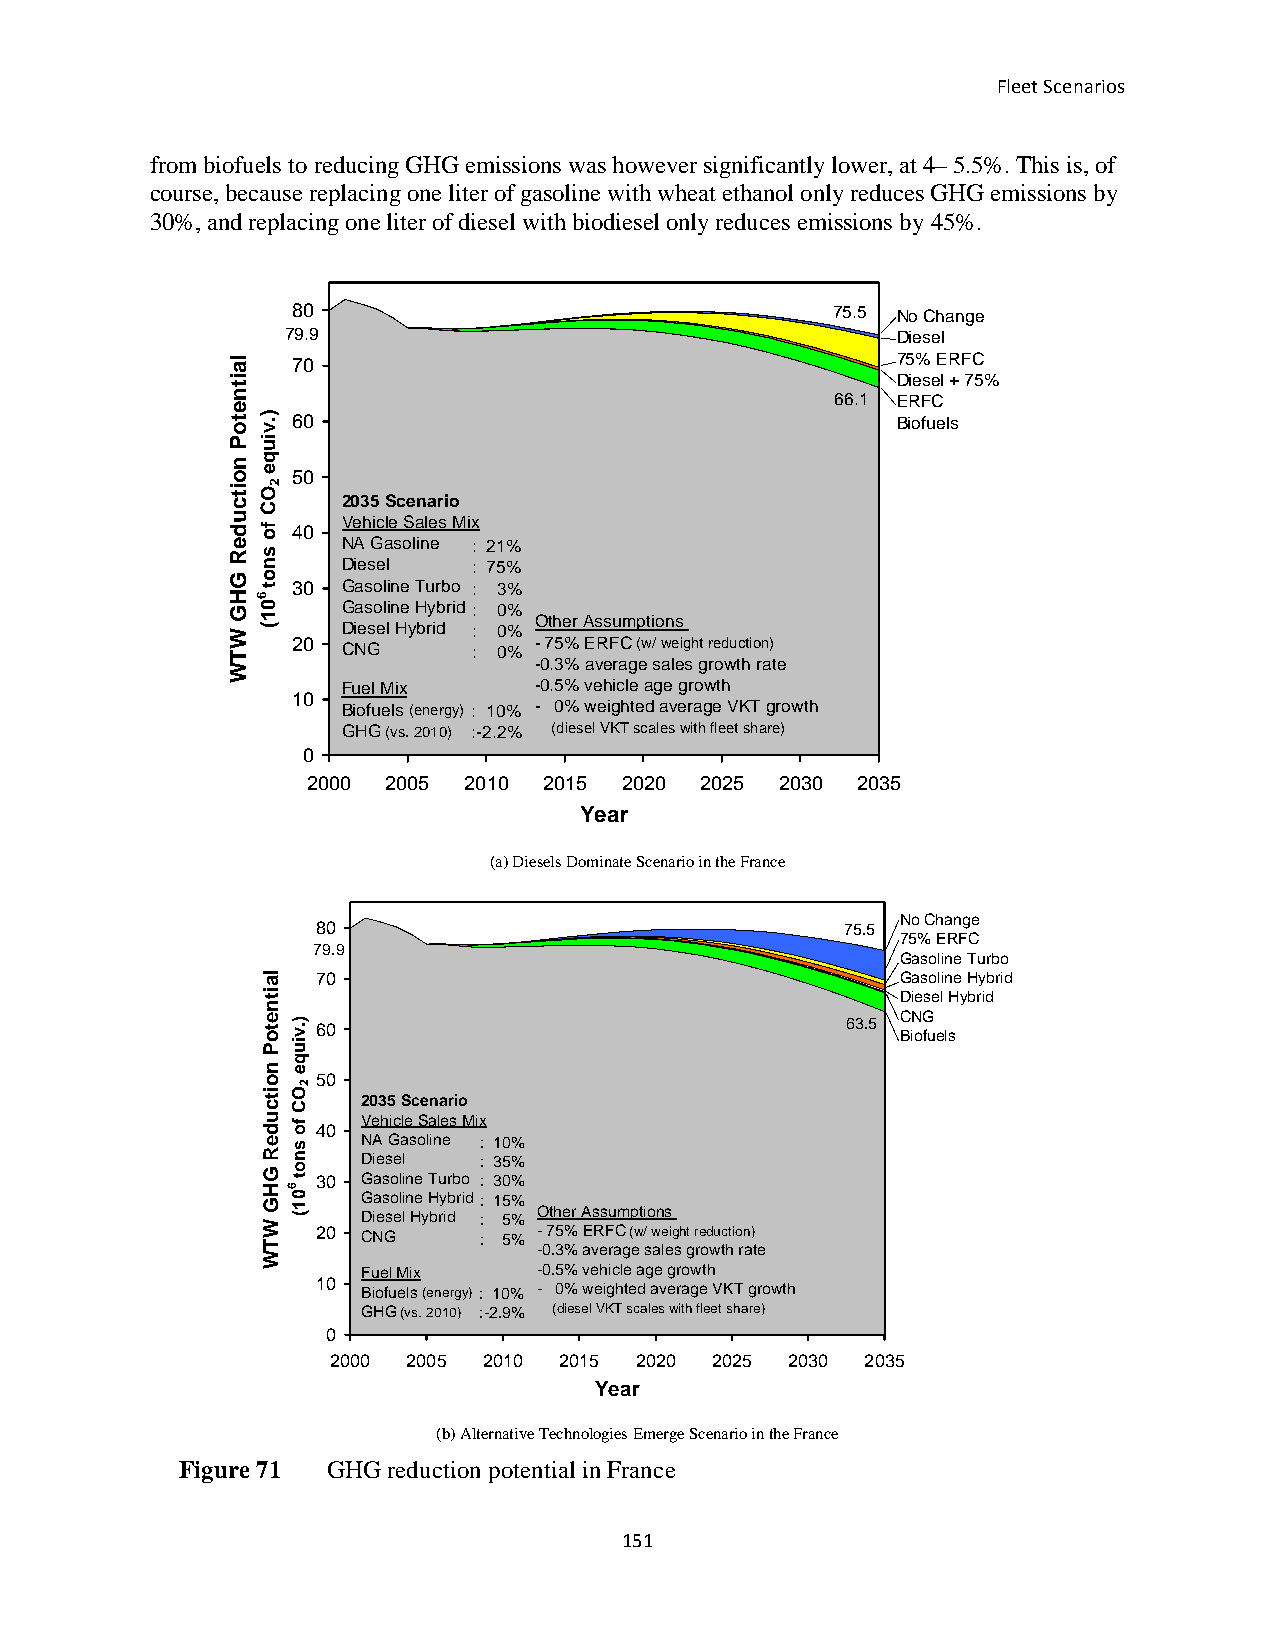
Fleet Scenarios
 from biofuels to reducing GHG emissions was however significantly lower, at 4– 5.5%. This is, of
 course, because replacing one liter of gasoline with wheat ethanol only reduces GHG emissions by
 30%, and replacing one liter of diesel with biodiesel only reduces emissions by 45%.
 80                                  75.5 No Change
 79.9                                    Diesel
 70                                      75% ERFC
 Diesel + 75%
 6666.1.1 ERFC
 60                                      Biofuels
 50
 2035 Scenario
 Vehicle Sales Mix
 40
 NA Gasoline : 21%
 Diesel  : 75%
 30  Gasoline Turbo : 3%
 Gasoline Hybrid : 0%
 Other Assumptions
 Diesel Hybrid : 0%
 20  CNG     : 0% - 75% ERFC (w/ weight reduction)
 -0.3% average sales growth rate
 Fuel Mix    -0.5% vehicle age growth
 10
 Biofuels (energy) : 10% - 0% weighted average VKT growth
 GHG (vs. 2010) :-2.2% (diesel VKT scales with fleet share)
 0
 2000  2005 2010 2015 2020 2025  2030 2035
 Year
 (a) Diesels Dominate Scenario in the France
 No Change
 80                                 75.5
 75% ERFC
 79.9
 Gasoline Turbo
 70                                     Gasoline Hybrid
 Diesel Hybrid
 CNG
 60                                 6633..55
 Biofuels
 50
 2035 Scenario
 Vehicle Sales Mix 40
 NA Gasoline : 10%
 Diesel  : 35%
 30 Gasoline Turbo : 30%
 Gasoline Hybrid : 15%
 Diesel Hybrid : 5% Other Assumptions 20 CNG : 5% - 75% ERFC (w/ weight reduction)
 -0.3% average sales growth rate
 Fuel Mix    -0.5% vehicle age growth
 10 Biofuels (energy) : 10% - 0% weighted average VKT growth
 GHG (vs. 2010) :-2.9% (diesel VKT scales with fleet share)
 0
 2000 2005 2010 2015 2020 2025 2030 2035
 Year
 (b) Alternative Technologies Emerge Scenario in the France
 Figure 71 GHG reduction potential in France
 151
 laitnetoP
 noitcudeR
 GHG
 WTW
 ).viuqe
 OC
 fo
 snot
 601(
 laitnetoP
 noitcudeR
 GHG
 WTW
 2
 ).viuqe
 OC
 fo
 snot
 601(
 2